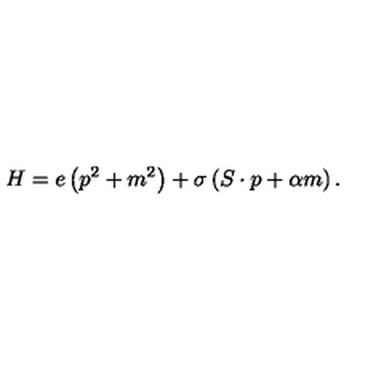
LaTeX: H = e \left( p ^ { 2 } + m ^ { 2 } \right) + \sigma \left( S \cdot p + \alpha m \right) .